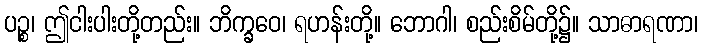
ပဉ္စ၊ ဤငါးပါးတို့တည်း။ ဘိက္ခဝေ၊ ရဟန်းတို့။ ဘောဂါ၊ စည်းစိမ်တို့၌။ သာဓာရဏာ၊